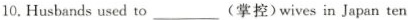
10.Husbandsused to___(掌控)wives in Japan ten yearsago.